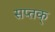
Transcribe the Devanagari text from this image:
सप्तक्